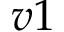
v 1